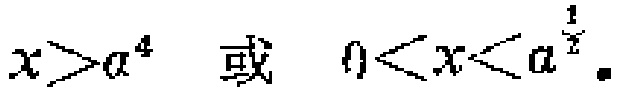
$x>a^{4}\ 或\ 0<x<a^{\frac{1}{2}}.$